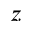
z